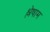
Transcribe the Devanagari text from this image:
श्लेषाम